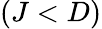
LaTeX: (J<D)